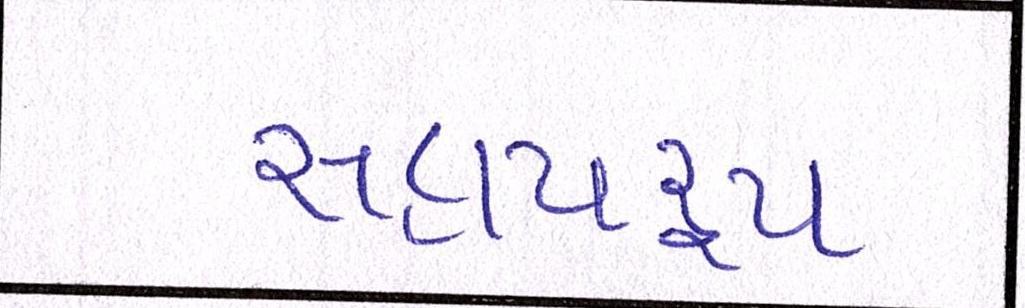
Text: સહાયરૃપ